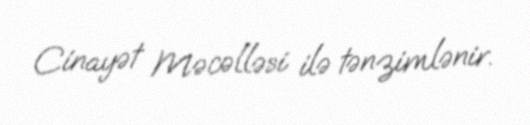
Cinayət Məcəlləsi ilə tənzimlənir.